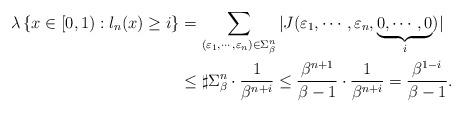
LaTeX: \begin{align*}\lambda \left\{x \in [0,1): l_n(x) \geq i\right\} &= \sum_{(\varepsilon_1,\cdots,\varepsilon_n) \in \Sigma_{\beta}^n} |J(\varepsilon_1,\cdots,\varepsilon_n, \underbrace{0,\cdots,0}_{i})|\\&\leq \sharp \Sigma_{\beta}^n \cdot \frac{1}{\beta^{n+i}} \leq \frac{\beta^{n+1}}{\beta - 1} \cdot \frac{1}{\beta^{n+i}} = \frac{\beta^{1-i}}{\beta-1}.\end{align*}